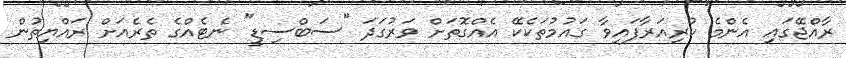
ރާއްޖޭގައި އެންމެ ކުރިއަރާފައިވާ ގައުމުތަކެކޭ އެއްގޮތަށް ވަރުގަދަ "ސަބްސިޑީ" ނެޓެއްގެ ތެރެއަށް ރައްޔިތުން